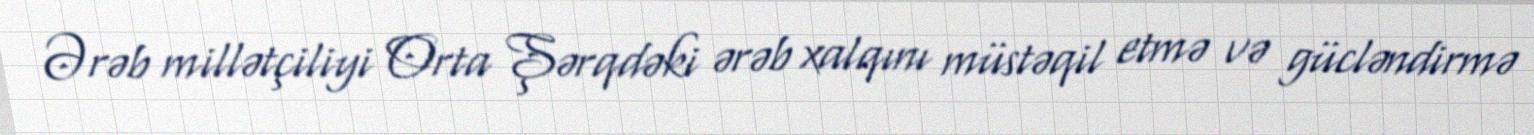
Ərəb millətçiliyi Orta Şərqdəki ərəb xalqını müstəqil etmə və gücləndirmə